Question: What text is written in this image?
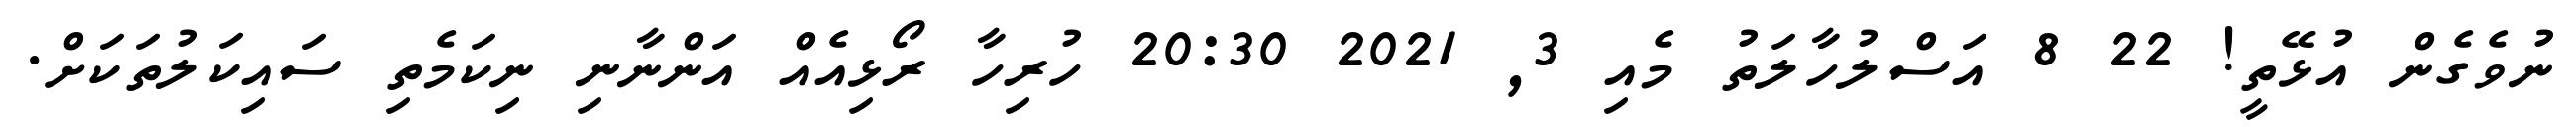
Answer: ނުވެގެން އުޅޭތީ! 22 8 އަސްލުހާލަތު މެއި 3, 2021 20:30 ހުރިހާ ރޯޅިއެއް އަންނާނި ނިކަމެތި ސައިކަލުތަކަށް.